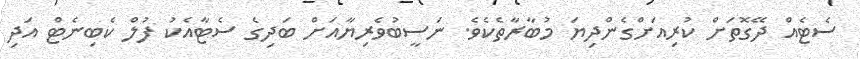
ސެޓެއް ދޭގޮތަށް ކުރިއަށްގެންދިޔަ މުބާރާތެކެވެ. ނަސީބުވެރިޔާއަށް ބަދިގެ ސެޓާއެކު ފުލް ކެބިނެޓް އަދި